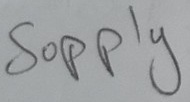
Text: Supply